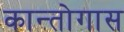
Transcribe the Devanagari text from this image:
कान्तोगास